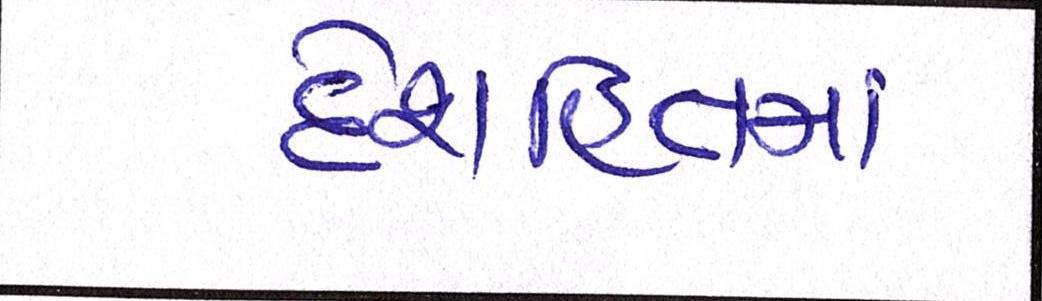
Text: દેશહિતમાં